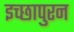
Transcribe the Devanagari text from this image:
इच्छापुरन